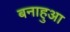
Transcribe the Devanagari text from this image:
बनाहुआ